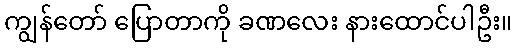
ကျွန်တော် ပြောတာကို ခဏလေး နားထောင်ပါဦး။